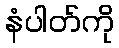
နံပါတ်ကို